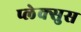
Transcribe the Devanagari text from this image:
प्लेक्सुस